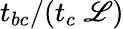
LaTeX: {t_{bc}}/(t_{c}~\mathscr{L})